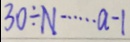
3 0 \div N \cdots a - 1